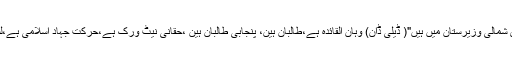
"تقریبا ۱۰ ہزار غیر ملکی جہادی شمالی وزیرستان میں ہیں"( ڈیلی ڈان) وہان القائدہ ہے،طالبان ہین، پنجابی طالبان ہین ،حقانی نیٹ ورک ہے،حرکت جہاد اسلامی ہے،لشکر جھنگوی ہے وغیرہ وغیرہ ۔